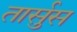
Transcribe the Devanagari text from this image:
तार्सुस